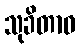
သုခိတာဝ